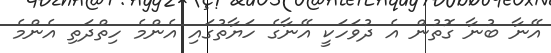
އޭނާ ބުނާ ގޮތުން އެ ދުވަހަކީ އޭނާގެ ހަޔާތުގައި އެންމެ ހިތްދަތި އެންމެ